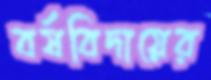
বর্ষবিদায়ের